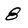
Character: 8